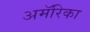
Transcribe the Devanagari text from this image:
अमॅरिका